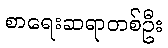
စာရေးဆရာတစ်ဦး